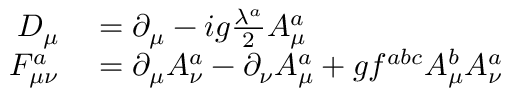
\begin{array} { r l } { D _ { \mu } } & { { } = \partial _ { \mu } - i g \frac { \lambda ^ { a } } { 2 } A _ { \mu } ^ { a } } \\ { F _ { \mu \nu } ^ { a } } & { { } = \partial _ { \mu } A _ { \nu } ^ { a } - \partial _ { \nu } A _ { \mu } ^ { a } + g f ^ { a b c } A _ { \mu } ^ { b } A _ { \nu } ^ { a } } \end{array}